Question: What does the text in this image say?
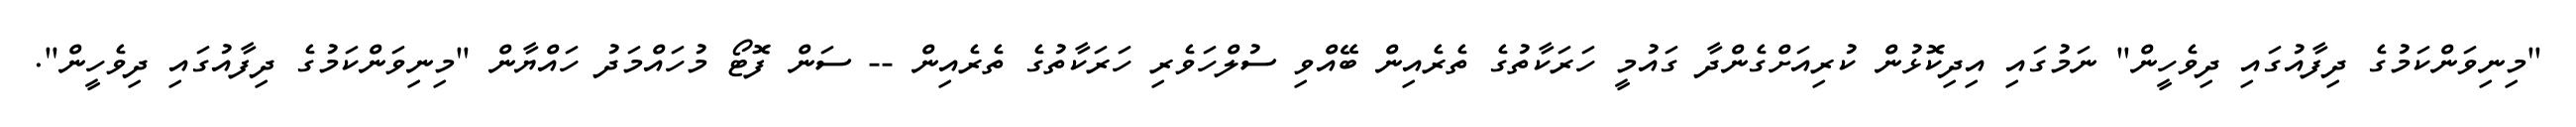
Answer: "މިނިވަންކަމުގެ ދިފާއުގައި ދިވެހީން" ނަމުގައި އިދިކޮޅުން ކުރިއަށްގެންދާ ގައުމީ ހަރަކާތުގެ ތެރެއިން ބޭއްވި ސުލްހަވެރި ހަރަކާތުގެ ތެރެއިން -- ސަން ފޮޓޯ މުހައްމަދު ހައްޔާން "މިނިވަންކަމުގެ ދިފާއުގައި ދިވެހީން".